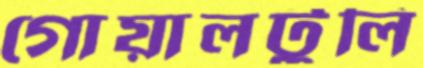
গোয়ালটুলি